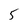
Character: 5